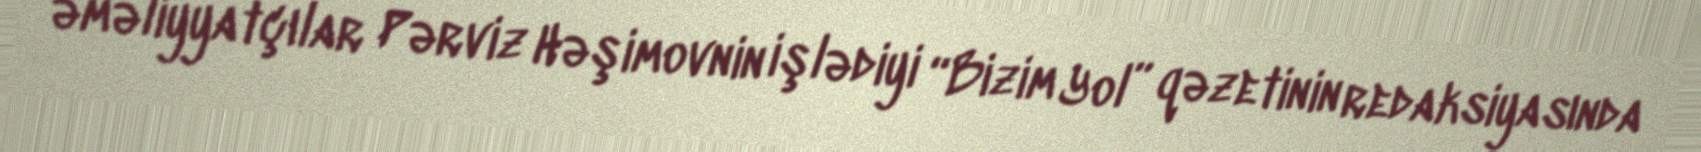
əməliyyatçılar Pərviz Həşimovnin işlədiyi “Bizim Yol” qəzetinin redaksiyasında